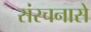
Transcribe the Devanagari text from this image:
संरचनासे